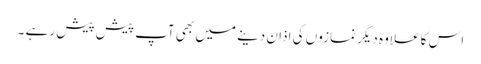
اس کا علاوہ دیگر نمازوں کی اذان دینے میں بھی آپ پیش پیش رہے ۔